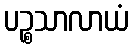
ပဉ္စသာလာယံ